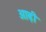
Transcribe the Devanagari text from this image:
आढ़ी